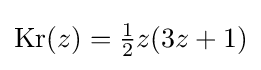
{\text{Kr}}(z)={\tfrac {1}{2}}z(3z+1)